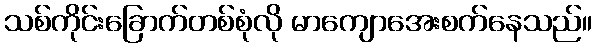
သစ်ကိုင်းခြောက်တစ်စုံလို မာကျောအေးစက်နေသည်။